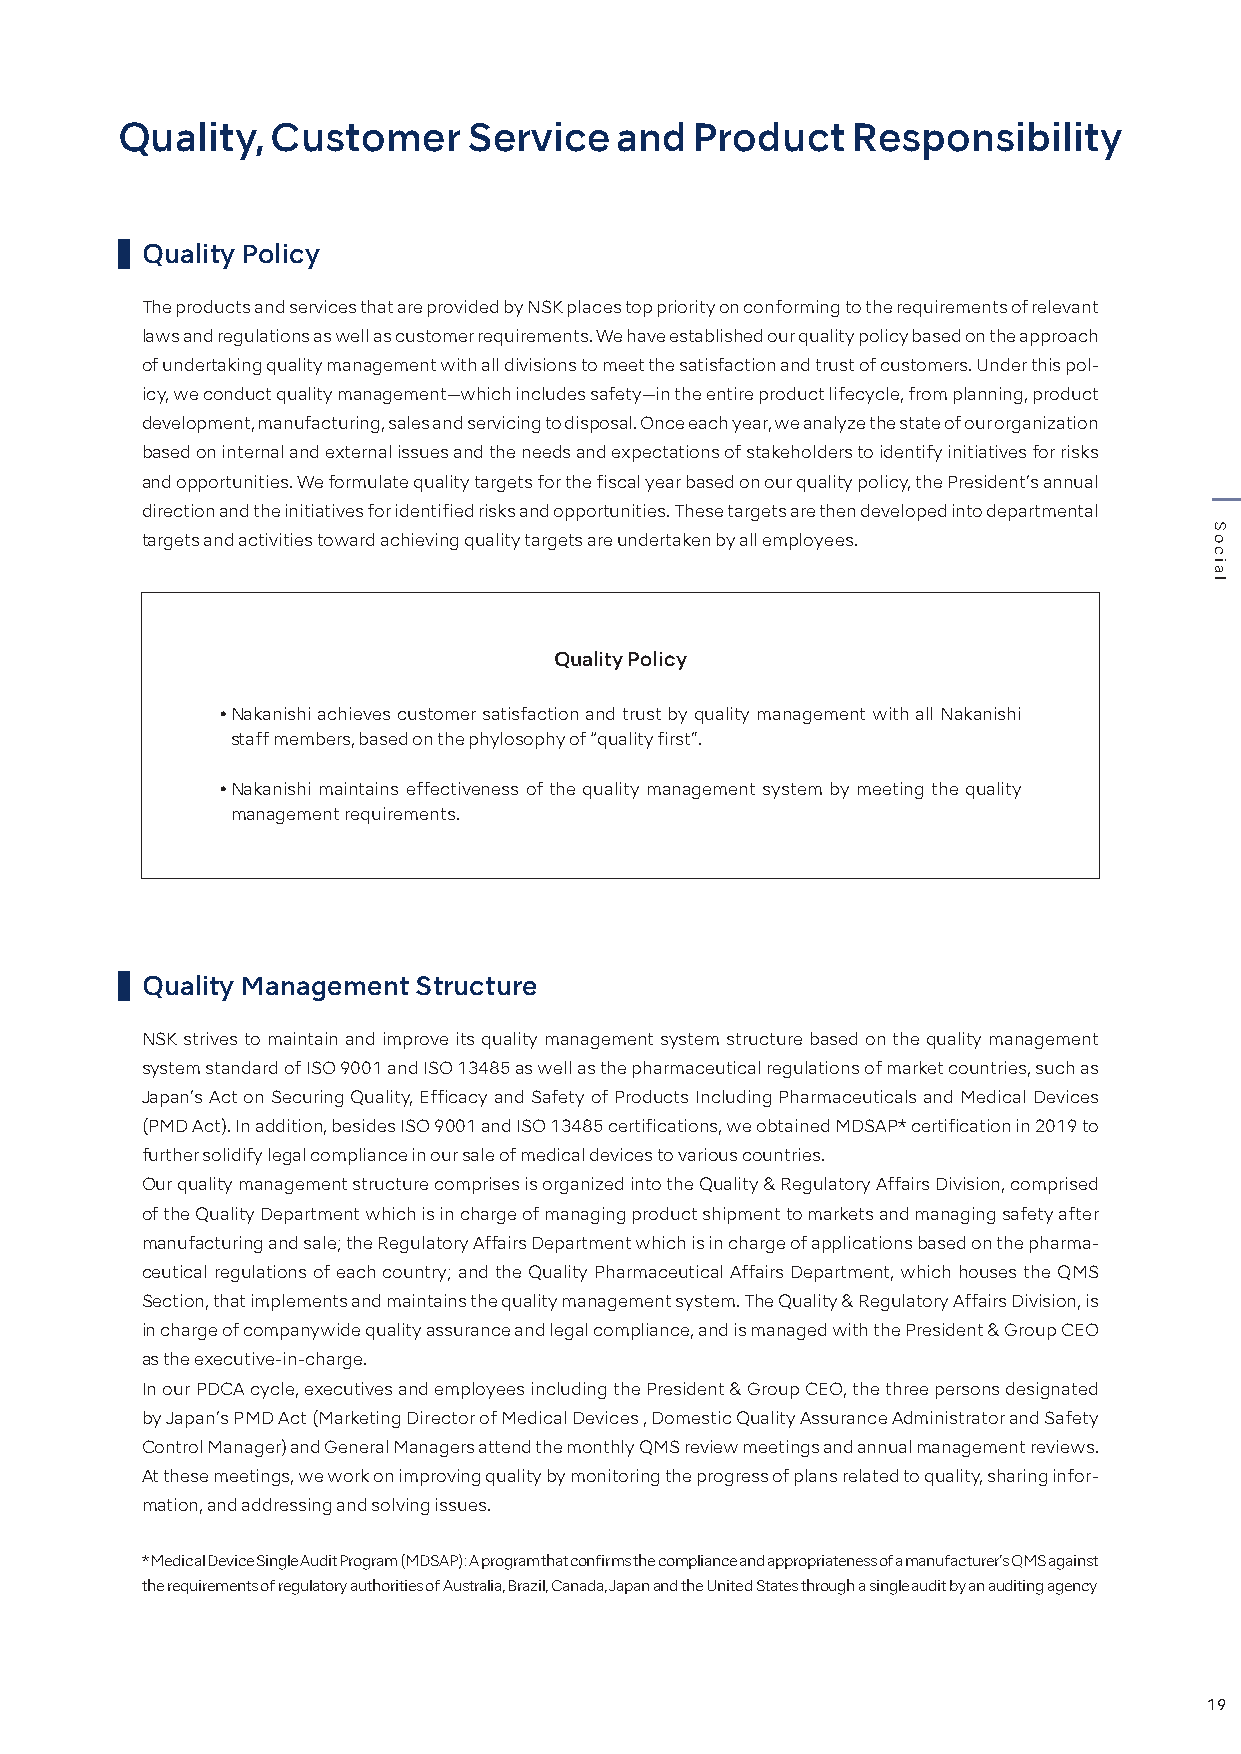
Quality,  Customer     Service   and  Product   Responsibility
 Quality Policy
 The products and services that are provided by NSK places top priority on conforming to the requirements of relevant
 laws and regulations as well as customer requirements. We have established our quality policy based on the approach
 of undertaking quality management with all divisions to meet the satisfaction and trust of customers. Under this pol-
 icy, we conduct quality management—which includes safety—in the entire product lifecycle, from planning, product
 development, manufacturing, sales and servicing to disposal. Once each year, we analyze the state of our organization
 based on internal and external issues and the needs and expectations of stakeholders to identify initiatives for risks
 and opportunities. We formulate quality targets for the fiscal year based on our quality policy, the President’s annual
 direction and the initiatives for identified risks and opportunities. These targets are then developed into departmental
 targets and activities toward achieving quality targets are undertaken by all employees.
 Quality Policy
 • Nakanishi achieves customer satisfaction and trust by quality management with all Nakanishi
 staff members, based on the phylosophy of “quality first”.
 • Nakanishi maintains effectiveness of the quality management system by meeting the quality
 management requirements.
 Quality Management Structure
 NSK strives to maintain and improve its quality management system structure based on the quality management
 system standard of ISO 9001 and ISO 13485 as well as the pharmaceutical regulations of market countries, such as
 Japan’s Act on Securing Quality, Efficacy and Safety of Products Including Pharmaceuticals and Medical Devices
 (PMD Act). In addition, besides ISO 9001 and ISO 13485 certifications, we obtained MDSAP* certification in 2019 to
 further solidify legal compliance in our sale of medical devices to various countries.
 Our quality management structure comprises is organized into the Quality & Regulatory Affairs Division, comprised
 of the Quality Department which is in charge of managing product shipment to markets and managing safety after
 manufacturing and sale; the Regulatory Affairs Department which is in charge of applications based on the pharma-
 ceutical regulations of each country; and the Quality Pharmaceutical Affairs Department, which houses the QMS
 Section, that implements and maintains the quality management system. The Quality & Regulatory Affairs Division, is
 in charge of companywide quality assurance and legal compliance, and is managed with the President & Group CEO
 as the executive-in-charge.
 In our PDCA cycle, executives and employees including the President & Group CEO, the three persons designated
 by Japan’s PMD Act (Marketing Director of Medical Devices , Domestic Quality Assurance Administrator and Safety
 Control Manager) and General Managers attend the monthly QMS review meetings and annual management reviews.
 At these meetings, we work on improving quality by monitoring the progress of plans related to quality, sharing infor-
 mation, and addressing and solving issues.
 * Medical Device Single Audit Program (MDSAP): A program that confirms the compliance and appropriateness of a manufacturer’s QMS against
 the requirements of regulatory authorities of Australia, Brazil, Canada, Japan and the United States through a single audit by an auditing agency
 19
 Social